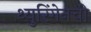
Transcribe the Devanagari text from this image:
थ्युरिंगेनची